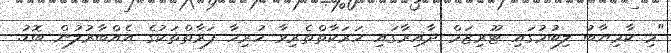
"މި ކާމިޔާބު ލިބުމުގައި ޓޫރިޒަމް ދާއިރާގައި ހަރަކާތްތެރިވާ ހުރިހާ ފަރާތްތަކުގެ އެއްބާރުލުން ބޮޑު.